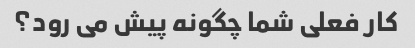
کار فعلی شما چگونه پیش می رود؟